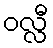
ဝလ္လီ